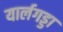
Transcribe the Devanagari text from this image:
यार्लगड्डा